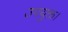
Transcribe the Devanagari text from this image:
उपयुक्त।